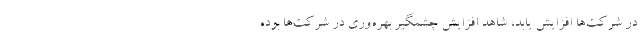
در شرکت‌ها افزایش یابد، شاهد افزایش چشمگیر بهره‌وری در شرکت‌ها بوده